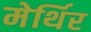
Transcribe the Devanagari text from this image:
मेर्थिर